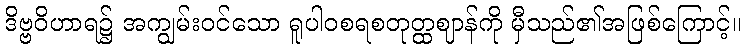
ဒိဗ္ဗဝိဟာရ၌ အကျွမ်းဝင်သော ရူပါဝစရစတုတ္ထဈာန်ကို မှီသည်၏အဖြစ်ကြောင့်။